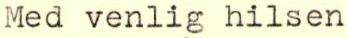
Med venlig hilsen